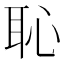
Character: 恥